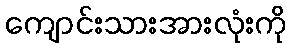
ကျောင်းသားအားလုံးကို